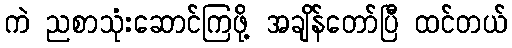
ကဲ ညစာသုံးဆောင်ကြဖို့ အချိန်တော်ပြီ ထင်တယ်